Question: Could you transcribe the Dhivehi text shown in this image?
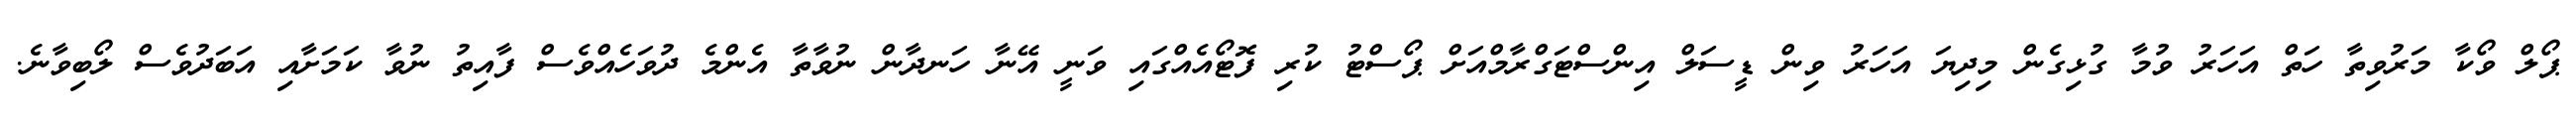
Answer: ޕޯލް ވޯކާ މަރުވިތާ ހަތް އަހަރު ވުމާ ގުޅިގެން މިދިޔަ އަހަރު ވިން ޑީސަލް އިންސްޓަގްރާމްއަށް ޕޯސްޓު ކުރި ފޮޓޯއެއްގައި ވަނީ އޭނާ ހަނދާން ނުވާތާ އެންމެ ދުވަހެއްވެސް ފާއިތު ނުވާ ކަމަށާއި އަބަދުވެސް ލޯބިވާނެ.